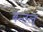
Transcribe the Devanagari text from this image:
बन्तल